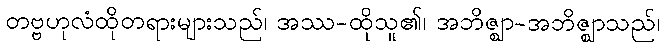
တဗ္ဗဟုလံထိုတရားများသည်၊ အဿ-ထိုသူ၏၊ အဘိဇ္ဈာ-အဘိဇ္ဈာသည်၊